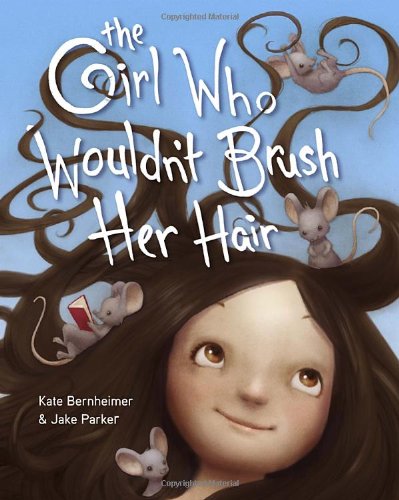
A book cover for The Girl Who Wouldn't Brush Her Hair; Kate Bernheimer; Children's Books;